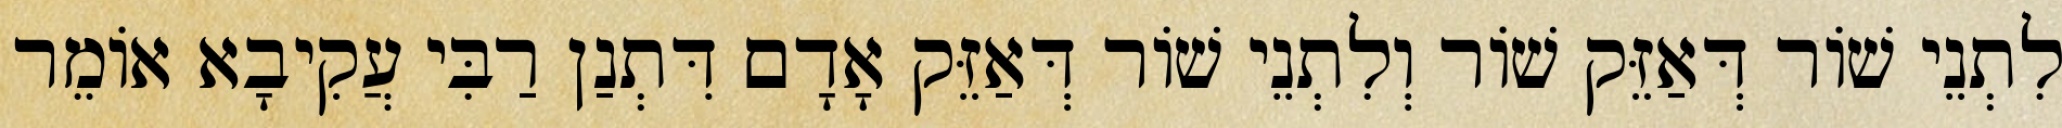
לִתְנֵי שׁוֹר דְּאַזֵּק שׁוֹר וְלִתְנֵי שׁוֹר דְּאַזֵּק אָדָם דִּתְנַן רַבִּי עֲקִיבָא אוֹמֵר